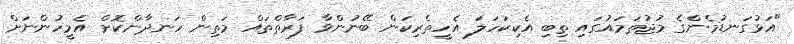
"އަޅުގަނޑުމެންގެ މުޖުތަމައުގައި ތިބި އެކިކަހަލަ އެހީތެރިކަން ބޭނުންވާ ފަރާތްތައް މަތިން ހަނދާންކޮށް އެމީހުންނަށް